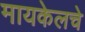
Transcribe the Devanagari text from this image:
मायकेलचे